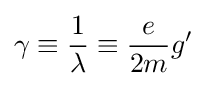
\gamma \equiv {\frac {1}{\lambda }}\equiv {\frac {e}{2m}}g'